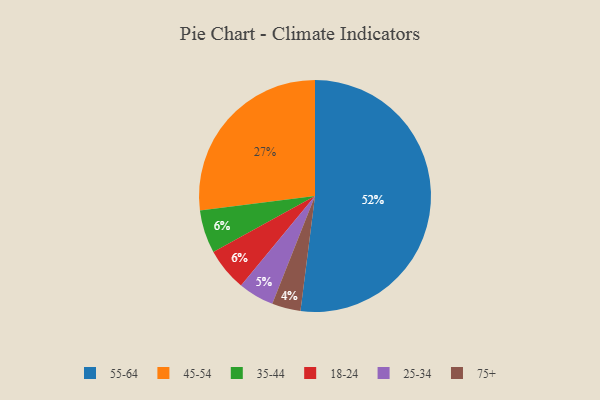
{"axis": {"x": "Category", "y": "Percentage"}, "legend": ["18-24", "25-34", "35-44", "45-54", "55-64", "75+"], "data": [{"x": "35-44", "y": 6, "type": "35-44"}, {"x": "25-34", "y": 5, "type": "25-34"}, {"x": "55-64", "y": 52, "type": "55-64"}, {"x": "75+", "y": 4, "type": "75+"}, {"x": "18-24", "y": 6, "type": "18-24"}, {"x": "45-54", "y": 27, "type": "45-54"}]}